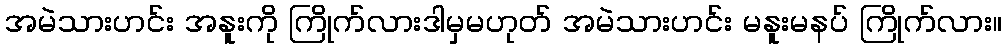
အမဲသားဟင်း အနူးကို ကြိုက်လားဒါမှမဟုတ် အမဲသားဟင်း မနူးမနပ် ကြိုက်လား။